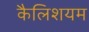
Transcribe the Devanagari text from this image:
कैलिशयम